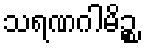
သရဏဂါမိဉ္စ